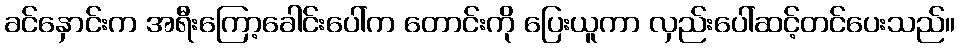
ခင်နှောင်းက အရီးကြော့ခေါင်းပေါ်က တောင်းကို ပြေးယူကာ လှည်းပေါ်ဆင့်တင်ပေးသည်။